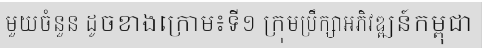
មួយចំនួន ដូចខាងក្រោម៖ទី១ ក្រុមប្រឹក្សាអភិវឌ្ឍន៍កម្ពុជា